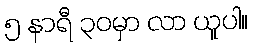
၅ နာရီ ၃၀မှာ လာ ယူပါ။